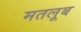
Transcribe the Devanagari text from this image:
मतलूब